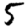
Digit: 5